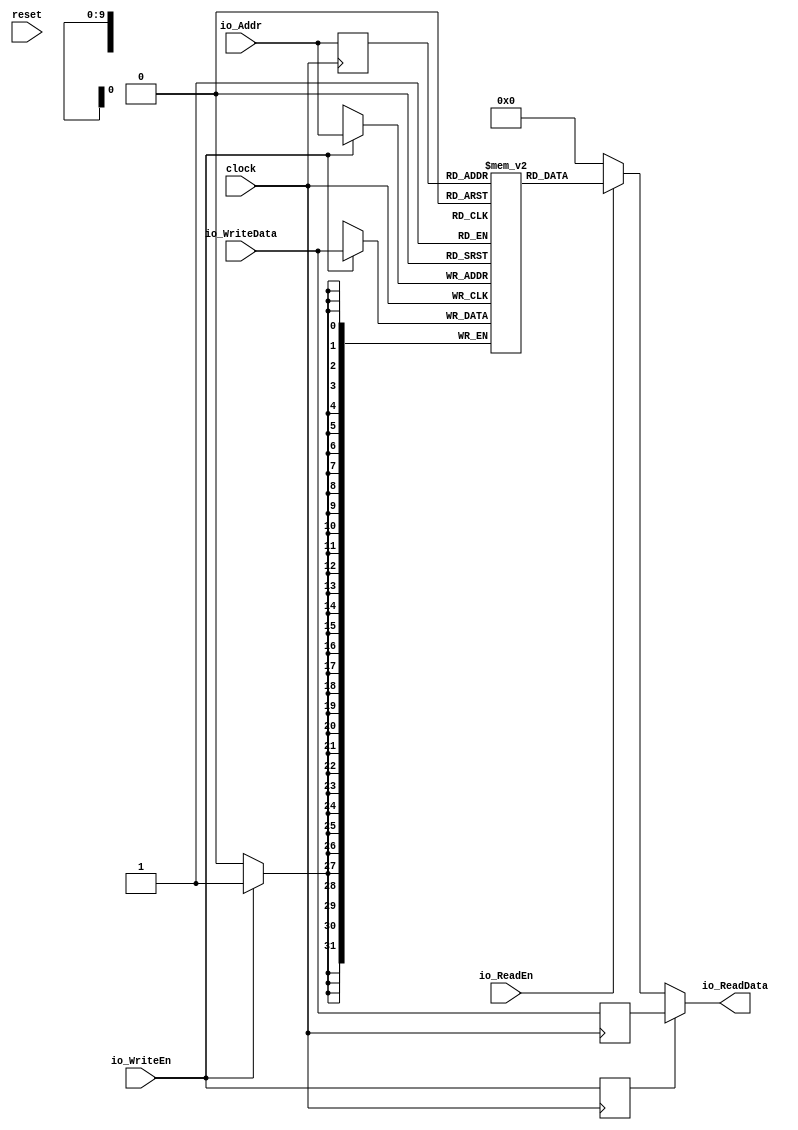
module RAM(
  input         clock,
  input         reset,
  input         io_WriteEn,
  input         io_ReadEn,
  input  [9:0]  io_Addr,
  input  [31:0] io_WriteData,
  output [31:0] io_ReadData
);
`ifdef RANDOMIZE_MEM_INIT
  reg [31:0] _RAND_0;
`endif // RANDOMIZE_MEM_INIT
`ifdef RANDOMIZE_REG_INIT
  reg [31:0] _RAND_1;
  reg [31:0] _RAND_2;
  reg [31:0] _RAND_3;
  reg [31:0] _RAND_4;
`endif // RANDOMIZE_REG_INIT
  reg [31:0] mem [0:1023]; // @[RAM.scala 15:26]
  wire  mem_ReadMem_MPORT_en; // @[RAM.scala 15:26]
  wire [9:0] mem_ReadMem_MPORT_addr; // @[RAM.scala 15:26]
  wire [31:0] mem_ReadMem_MPORT_data; // @[RAM.scala 15:26]
  wire [31:0] mem_MPORT_data; // @[RAM.scala 15:26]
  wire [9:0] mem_MPORT_addr; // @[RAM.scala 15:26]
  wire  mem_MPORT_mask; // @[RAM.scala 15:26]
  wire  mem_MPORT_en; // @[RAM.scala 15:26]
  reg  mem_ReadMem_MPORT_en_pipe_0;
  reg [9:0] mem_ReadMem_MPORT_addr_pipe_0;
  reg [31:0] WrData; // @[RAM.scala 26:26]
  reg  doForwardReg; // @[RAM.scala 28:32]
  wire [31:0] ReadMem = io_ReadEn ? mem_ReadMem_MPORT_data : 32'h0; // @[RAM.scala 36:22]
  assign mem_ReadMem_MPORT_en = mem_ReadMem_MPORT_en_pipe_0;
  assign mem_ReadMem_MPORT_addr = mem_ReadMem_MPORT_addr_pipe_0;
  assign mem_ReadMem_MPORT_data = mem[mem_ReadMem_MPORT_addr]; // @[RAM.scala 15:26]
  assign mem_MPORT_data = io_WriteData;
  assign mem_MPORT_addr = io_Addr;
  assign mem_MPORT_mask = 1'h1;
  assign mem_MPORT_en = io_WriteEn;
  assign io_ReadData = doForwardReg ? WrData : ReadMem; // @[RAM.scala 37:23]
  always @(posedge clock) begin
    if (mem_MPORT_en & mem_MPORT_mask) begin
      mem[mem_MPORT_addr] <= mem_MPORT_data; // @[RAM.scala 15:26]
    end
    mem_ReadMem_MPORT_en_pipe_0 <= 1'h1;
    if (1'h1) begin
      mem_ReadMem_MPORT_addr_pipe_0 <= io_Addr;
    end
    WrData <= io_WriteData; // @[RAM.scala 26:26]
    doForwardReg <= io_WriteEn; // @[RAM.scala 28:54]
  end
// Register and memory initialization
`ifdef RANDOMIZE_GARBAGE_ASSIGN
`define RANDOMIZE
`endif
`ifdef RANDOMIZE_INVALID_ASSIGN
`define RANDOMIZE
`endif
`ifdef RANDOMIZE_REG_INIT
`define RANDOMIZE
`endif
`ifdef RANDOMIZE_MEM_INIT
`define RANDOMIZE
`endif
`ifndef RANDOM
`define RANDOM $random
`endif
`ifdef RANDOMIZE_MEM_INIT
  integer initvar;
`endif
`ifndef SYNTHESIS
`ifdef FIRRTL_BEFORE_INITIAL
`FIRRTL_BEFORE_INITIAL
`endif
initial begin
  `ifdef RANDOMIZE
    `ifdef INIT_RANDOM
      `INIT_RANDOM
    `endif
    `ifndef VERILATOR
      `ifdef RANDOMIZE_DELAY
        #`RANDOMIZE_DELAY begin end
      `else
        #0.002 begin end
      `endif
    `endif
`ifdef RANDOMIZE_MEM_INIT
  _RAND_0 = {1{`RANDOM}};
  for (initvar = 0; initvar < 1024; initvar = initvar+1)
    mem[initvar] = _RAND_0[31:0];
`endif // RANDOMIZE_MEM_INIT
`ifdef RANDOMIZE_REG_INIT
  _RAND_1 = {1{`RANDOM}};
  mem_ReadMem_MPORT_en_pipe_0 = _RAND_1[0:0];
  _RAND_2 = {1{`RANDOM}};
  mem_ReadMem_MPORT_addr_pipe_0 = _RAND_2[9:0];
  _RAND_3 = {1{`RANDOM}};
  WrData = _RAND_3[31:0];
  _RAND_4 = {1{`RANDOM}};
  doForwardReg = _RAND_4[0:0];
`endif // RANDOMIZE_REG_INIT
  `endif // RANDOMIZE
end // initial
`ifdef FIRRTL_AFTER_INITIAL
`FIRRTL_AFTER_INITIAL
`endif
`endif // SYNTHESIS
endmodule